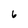
Character: 6